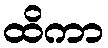
ထိကာ